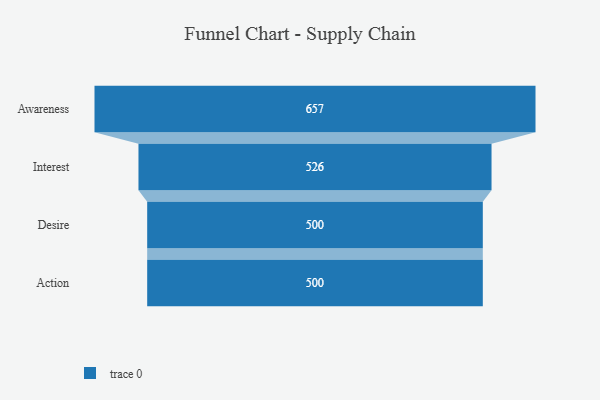
{"axis": {"x": "Stage", "y": "Value"}, "legend": [""], "data": [{"x": "Awareness", "y": 657.0, "type": ""}, {"x": "Interest", "y": 526.0, "type": ""}, {"x": "Desire", "y": 500, "type": ""}, {"x": "Action", "y": 500, "type": ""}]}